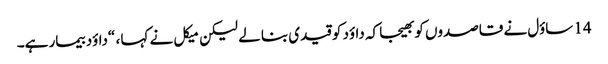
14 ساؤل نے قاصدوں کو بھیجا کہ داؤد کو قیدی بنا لے لیکن میکل نے کہا ، “داؤد بیمار ہے۔